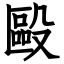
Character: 毆